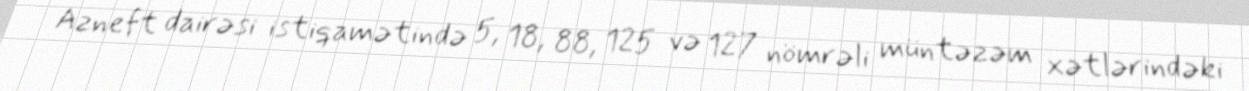
Azneft dairəsi istiqamətində 5, 18, 88, 125 və 127 nömrəli müntəzəm xətlərindəki